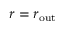
r = r _ { \mathrm { o u t } }